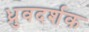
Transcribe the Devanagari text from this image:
ध्रुवदर्शक